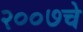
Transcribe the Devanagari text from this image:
२००७चे